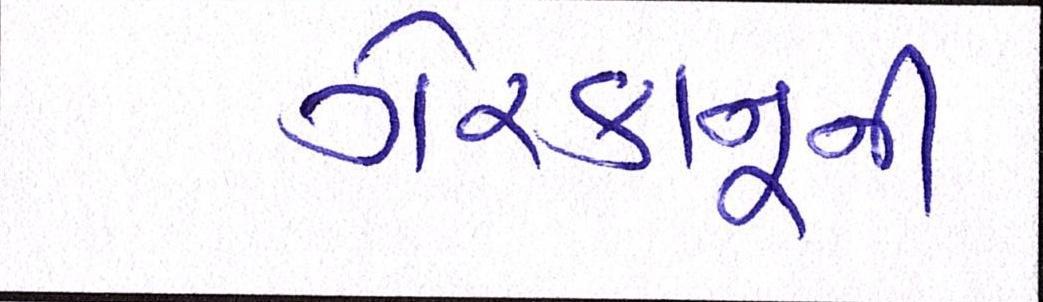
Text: ગેરકાનૂની